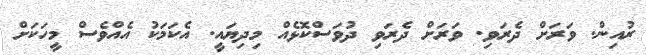
ރުއިން. ވަރަށް ދެރަވި. ވަރަށް ދެރަވި ދުވަސްކޮޅެއް މިދިޔައީ. އެކަމަކު އެއްވެސް މީހަކަށް